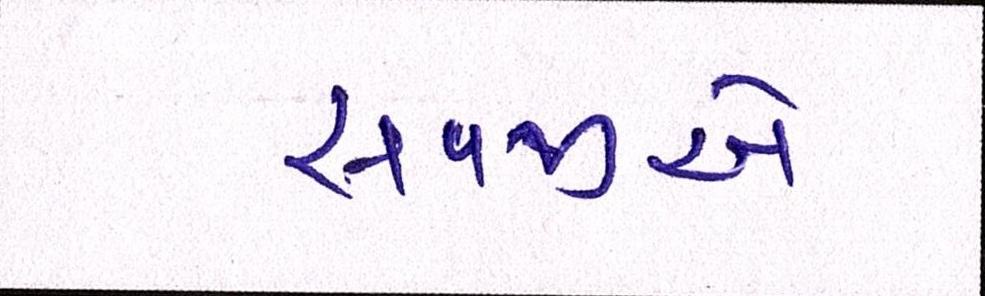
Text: સવજીએ